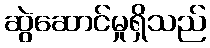
ဆွဲဆောင်မှုရှိသည်